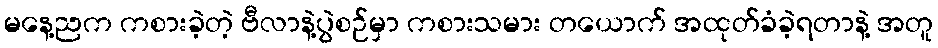
မနေ့ညက ကစားခဲ့တဲ့ ဗီလာနဲ့ပွဲစဉ်မှာ ကစားသမား တယောက် အထုတ်ခံခဲ့ရတာနဲ့ အတူ